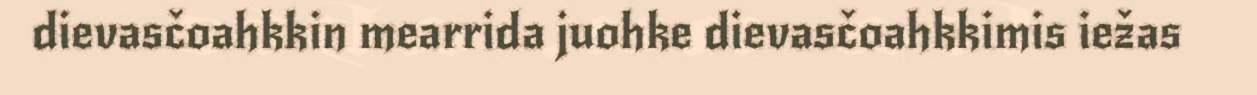
dievasčoahkkin mearrida juohke dievasčoahkkimis iežas